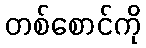
တစ်စောင်ကို